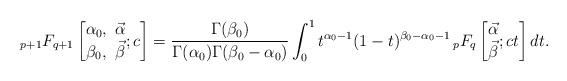
LaTeX: \begin{gather*}{}_{p+1}F_{q+1}\left[\begin{matrix}\alpha_{0},\ \vec{\alpha}\\\beta_{0},\ \vec{\beta}\end{matrix};c\right] =\frac{\Gamma ( \beta_{0}) }{\Gamma( \alpha_{0})\Gamma( \beta_{0}-\alpha_{0}) }\int_{0}^{1}t^{\alpha_{0}-1}( 1-t) ^{\beta_{0}-\alpha_{0}-1}\,{}_{p}F_{q}\left[\begin{matrix}\vec{\alpha}\\\vec{\beta}\end{matrix};ct\right] dt.\end{gather*}